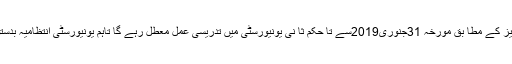
یونیورسٹی پریس ریلیز کے مطا بق مورخہ 31جنوری2019سے تا حکم ثا نی یونیورسٹی میں تدریسی عمل معطل رہے گا تاہم یونیورسٹی انتظامیہ بدستو ر حاضر رہے گی۔